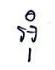
អុំ